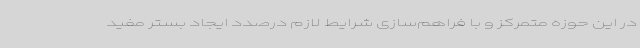
در این حوزه متمرکز و با فراهم‌سازی شرایط لازم درصدد ایجاد بستر مفید